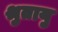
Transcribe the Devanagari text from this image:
श्रुतायु